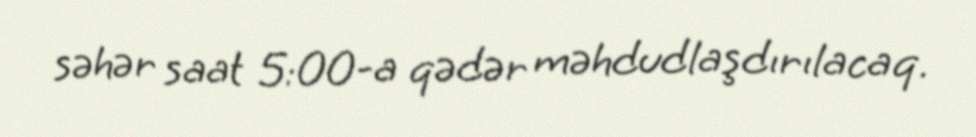
səhər saat 5:00-a qədər məhdudlaşdırılacaq.